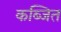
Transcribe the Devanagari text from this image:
कब्जित